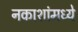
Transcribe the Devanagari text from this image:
नकाशांमध्ये